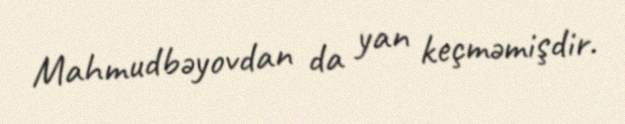
Mahmudbəyovdan da yan keçməmişdir.